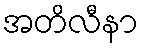
အတိလီနာ